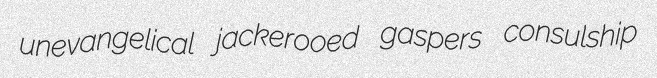
unevangelical jackerooed gaspers consulship